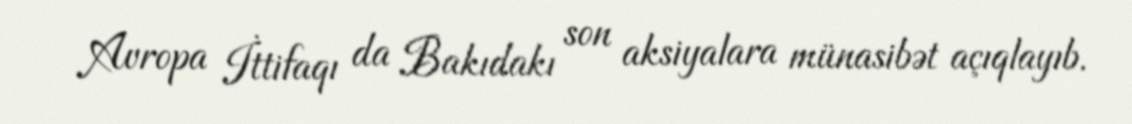
Avropa İttifaqı da Bakıdakı son aksiyalara münasibət açıqlayıb.